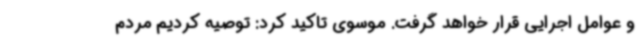
و عوامل اجرایی قرار خواهد گرفت. موسوی تاکید کرد: توصیه کردیم مردم